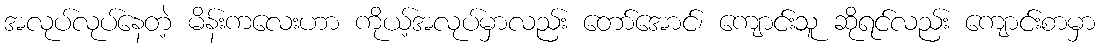
အလုပ်လုပ်နေတဲ့ မိန်းကလေးဟာ ကိုယ့်အလုပ်မှာလည်း တော်အောင်၊ ကျောင်းသူ ဆိုရင်လည်း ကျောင်းစာမှာ